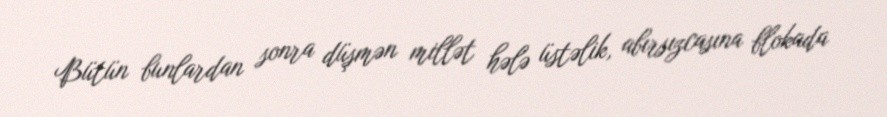
Bütün bunlardan sonra düşmən millət hələ üstəlik, abırsızcasına blokada